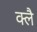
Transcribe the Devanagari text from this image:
क्लै